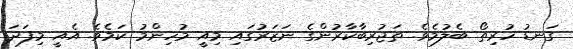
ގަނޑު ހުރިތޯ ބެލުމެވެ. ތަޖުރިބާކާރުންގެ ނަޒަރުގައި މިއީ މުހިންމު ކަމެވެ. އެއީ މިފަދަ